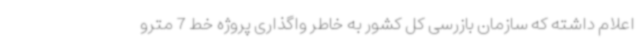
اعلام داشته که سازمان بازرسی کل کشور به خاطر واگذاری پروژه خط 7 مترو